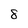
Character: 8